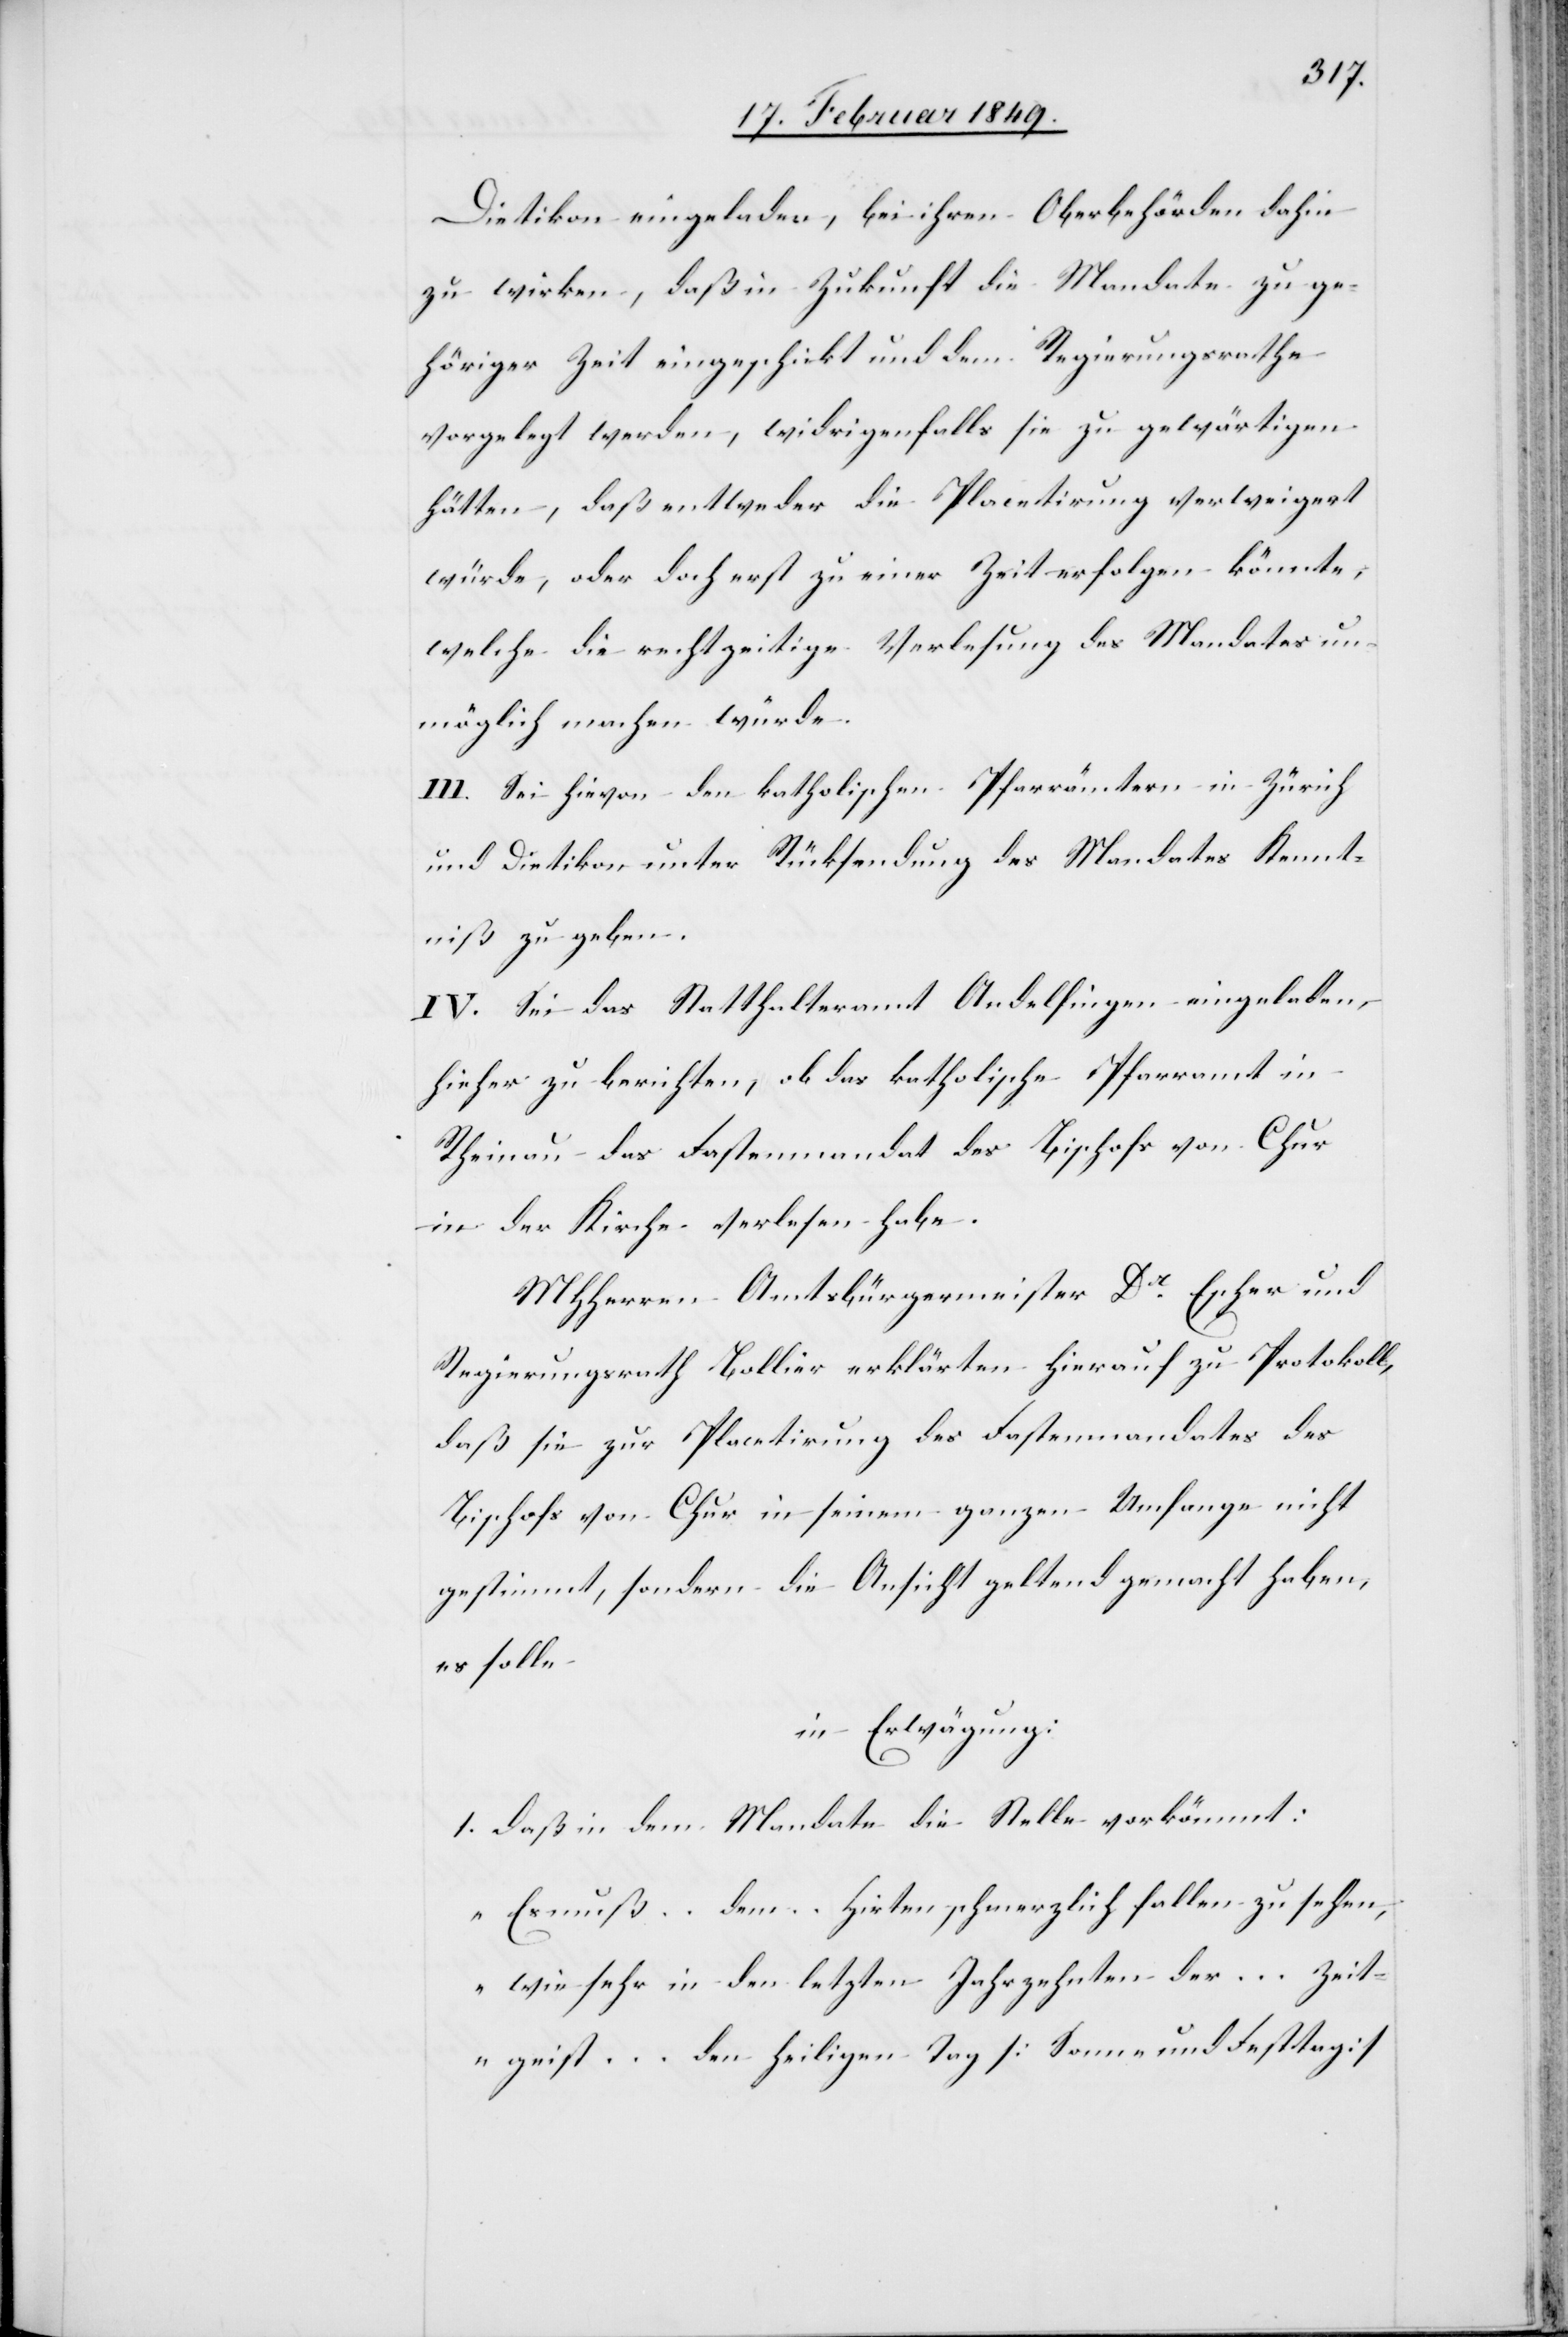
Dietikon eingeladen, bei ihren Oberbehörden dahin
zu wirken, daß in Zukunft die Mandate zu ge¬
höriger Zeit eingeschickt und dem Regierungsrathe
vorgelegt werden, widrigenfalls sie zu gewärtigen
hätten, daß entweder die Placetirung verweigert
würde, oder doch erst zu einer Zeit erfolgen könnte,
welche die rechtzeitige Verlesung des Mandates un¬
möglich machen würde.
III. Sei hievon den katholischen Pfarrämtern in Zürich
und Dietikon unter Rücksendung des Mandates Kennt¬
niß zu geben.
IV. Sei das Statthalteramt Andelfingen eingeladen,
hieher zu berichten, ob das katholische Pfarramt in
Rheinau das Fastenmandat des Bischofs von Chur
in der Kirche verlesen habe.
MHHerren Amtsbürgermeister Dr. Escher und
Regierung Bollier erklärten hierauf zu Protokoll,
daß sie zur Placetirung des Fastenmandates des
Bischofs von Chur in seinem ganzen Umfange nicht
gestimmt, sondern die Ansicht geltend gemacht haben,
es solle
in Erwägung:
1. daß in dem Mandate die Stelle vorkömmt:
„Es muß … dem Hirten … schmerzlich fallen zu sehen,
wie sehr in den letzten Jahrzehnten der … Zeit¬
geist … den heiligen Tag [Sonn- und Festtag]